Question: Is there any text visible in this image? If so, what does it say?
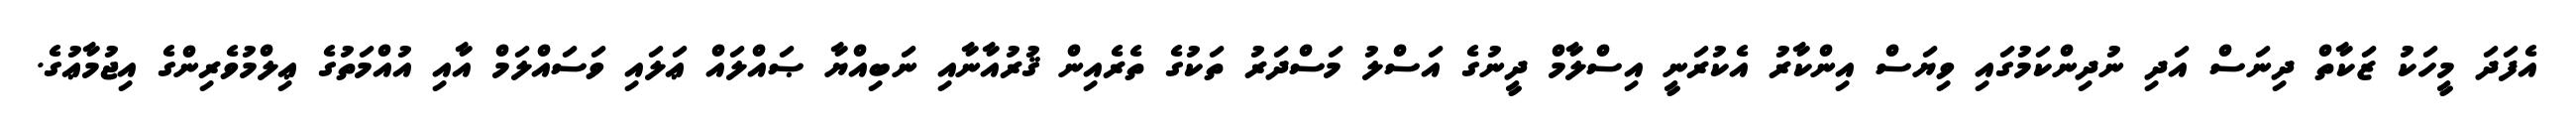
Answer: އެފަދަ މީހަކު ޒަކާތް ދިނަސް އަދި ނުދިންކަމުގައި ވިޔަސް އިންކާރު އެކުރަނީ އިސްލާމް ދީނުގެ އަސްލު މަސްދަރު ތަކުގެ ތެރެއިން ޤުރުއާނާއި ނަބިއްޔާ ޞައްލައް ޢަލައި ވަސައްލަމް އާއި އުއްމަތުގެ ޢިލްމުވެރިންގެ އިޖުމާޢުގެ.